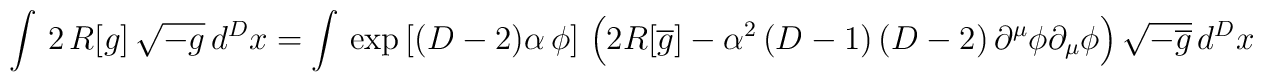
\int \, 2 \, R[g] \, \sqrt{-g} \, d^Dx = \int \,  \exp \left[(D-2)\alpha \,\phi \right]  \,  \left(2 R[\overline{g}] -\alpha ^2 \left(  D-1\right) \left( D-2\right)  \partial ^\mu \phi  \partial _\mu \phi \right)  \sqrt{-\overline{g}}\,d^Dx